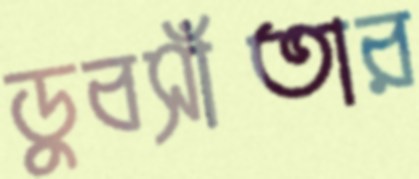
ডুবসাঁতার